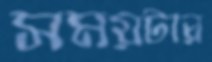
সময়টার